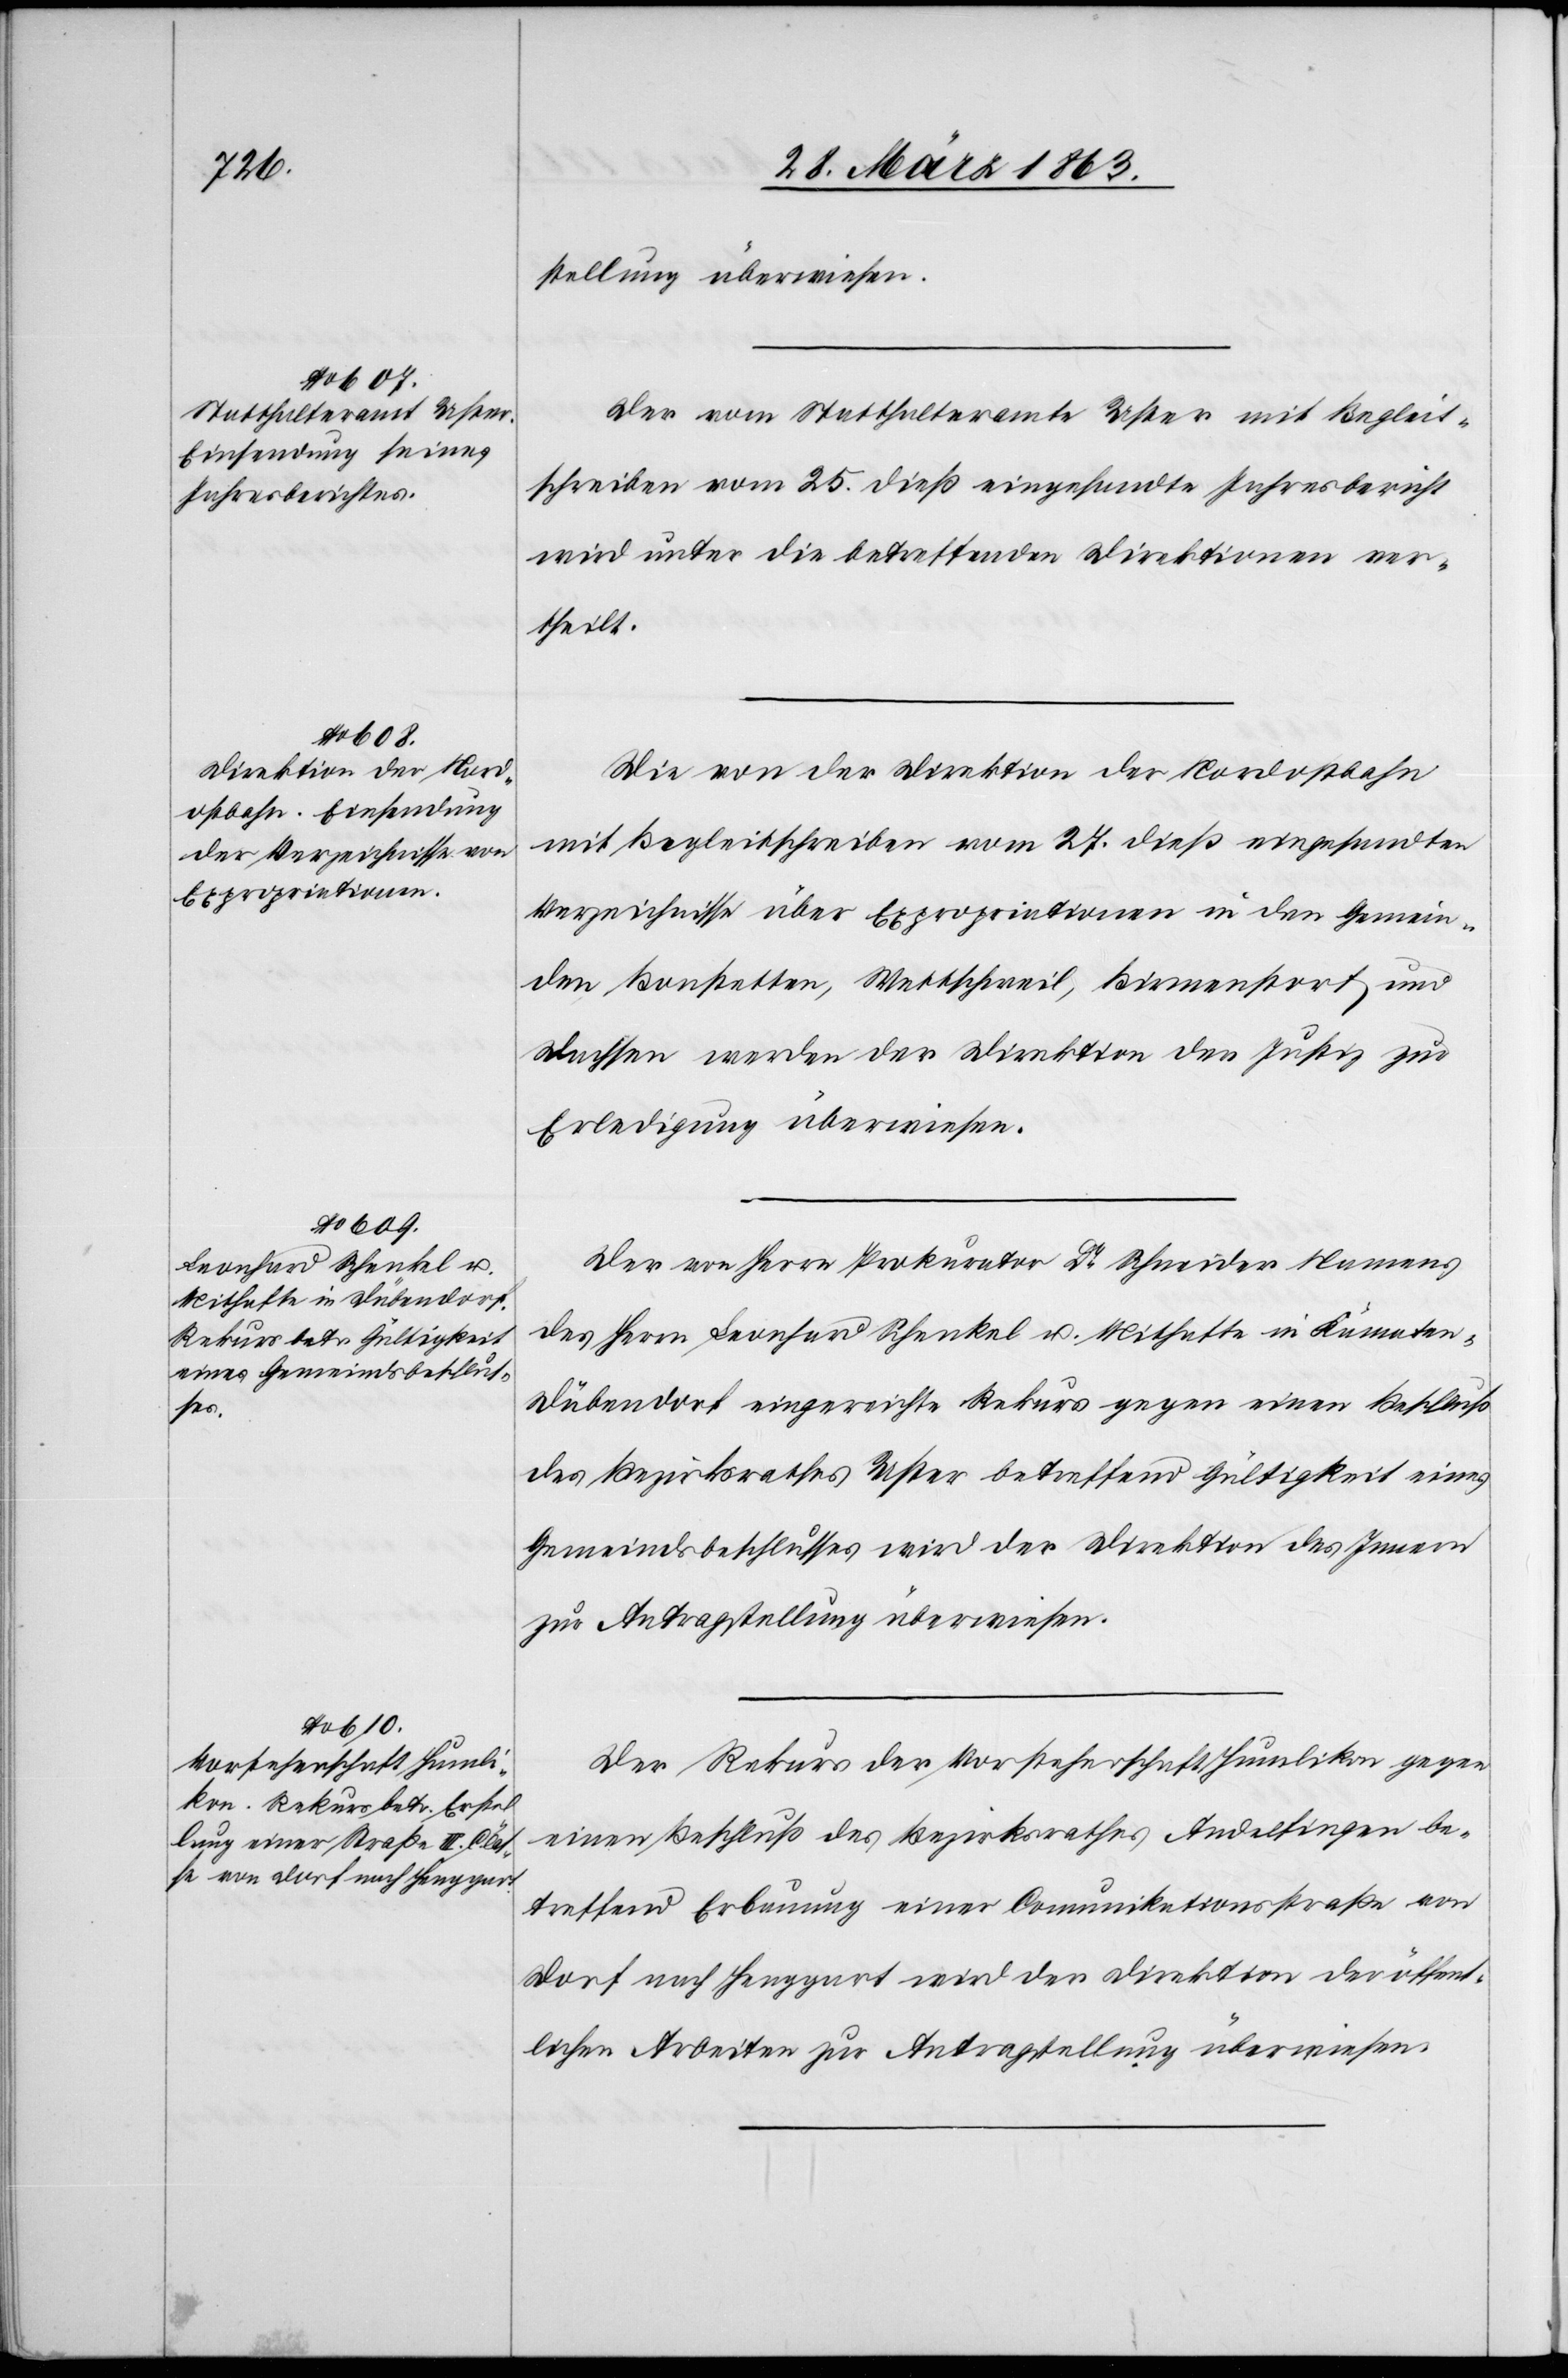
29. März 1863.]
stellung überwiesen.
Der vom Statthalteramte Uster mit Begleit¬
schreiben vom 25. dieß eingesandte Jahresbericht
wird unter die betreffenden Direktionen ver¬
theilt.
Die von der Direktion der Nordostbahn
mit Begleitschreiben vom 27. dieß eingesandten
Verzeichnisse über Expropriationen in den Gemein¬
den Bonstetten, Wettschweil, Birmenstorf und
Dachsen werden der Direktion der Justiz zur
Erledigung überwiesen.
Der von Herrn Prokurator Dr Schneider Namens
des Herrn Leonhard Schenkel u. Mithafte in Kämaten-D¬
übendorf eingereichte Rekurs gegen einen Beschluß
des Bezirksrathes Uster betreffend Gültigkeit eines
Gemeindsbeschlusses wird der Direktion des Innern
zur Antragstellung überwiesen.
Der Rekurs der Vorsteherschaft Humlikon gegen
einen Beschluß des Bezirksrathes Andelfingen be¬
treffend Erbauung einer Comunikationsstraße von
Dorf nach Henggart wird der Direktion der öffent¬
lichen Arbeiten zur Antragstellung überwiesen.